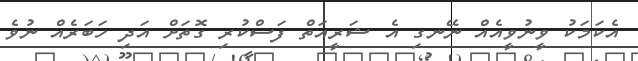
އެކަމަކު ވީނުވީއެއް ނޭނގި އެ ޝަރީއަތް ފަސްކުރި ގޮތަށް އަދި ހަބަރެއް ނުވެ